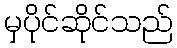
မှပိုင်ဆိုင်သည်